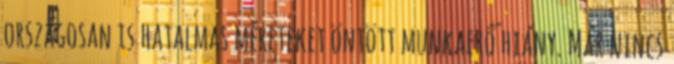
országosan is hatalmas méreteket öntött munkaerő hiány. Már nincs